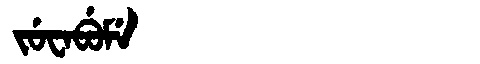
Manchu: ᠵᡠᠸᠠᠪᡠᠮᡝ
Romanization: JUWABUME